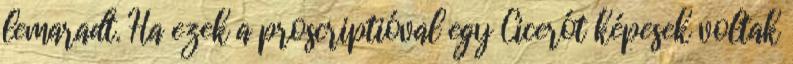
lemaradt. Ha ezek a proscriptióval egy Cicerót képesek voltak